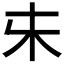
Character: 𰗐